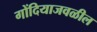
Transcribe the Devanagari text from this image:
गोंदियाजवळील